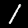
Digit: 1